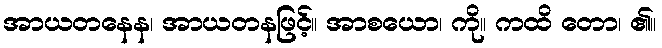
အာယတနေန၊ အာယတနဖြင့်။ အာစယော၊ ကို။ ကထိ တော၊ ၏။